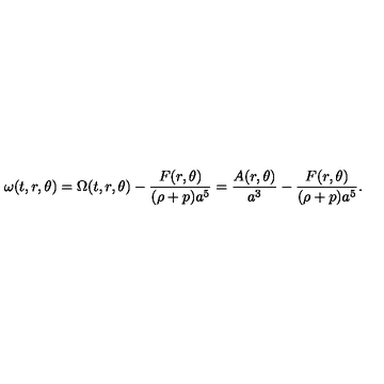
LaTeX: \omega ( t , r , \theta ) = \Omega ( t , r , \theta ) - \frac { F ( r , \theta ) } { ( \rho + p ) a ^ { 5 } } = \frac { A ( r , \theta ) } { a ^ { 3 } } - \frac { F ( r , \theta ) } { ( \rho + p ) a ^ { 5 } } .